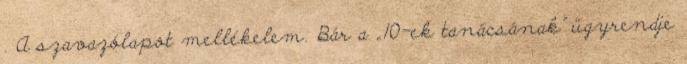
. A szavazólapot mellékelem. Bár a „10-ek tanácsának” ügyrendje